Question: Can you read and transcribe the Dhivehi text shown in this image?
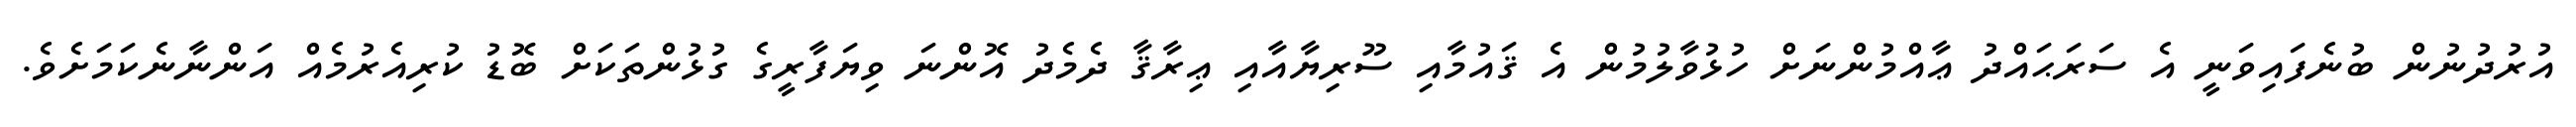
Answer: އުރުދުނުން ބުނެފައިވަނީ އެ ސަރަޙައްދު ޢާއްމުންނަށް ހުޅުވާލުމުން އެ ޤައުމާއި ސޫރިޔާއާއި ޢިރާޤާ ދެމެދު އޮންނަ ވިޔަފާރީގެ ގުޅުންތަކަށް ބޮޑު ކުރިއެރުމެއް އަންނާނެކަމަށެވެ.